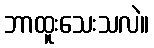
ဘာထူးသေးသလဲ။